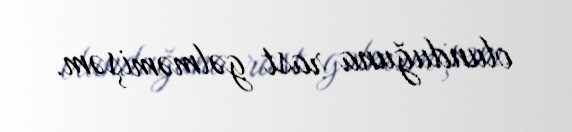
olunduğuna rast gəlməmişəm.